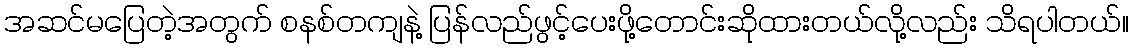
အဆင်မပြေတဲ့အတွက် စနစ်တကျနဲ့ ပြန်လည်ဖွင့်ပေးဖို့တောင်းဆိုထားတယ်လို့လည်း သိရပါတယ်။